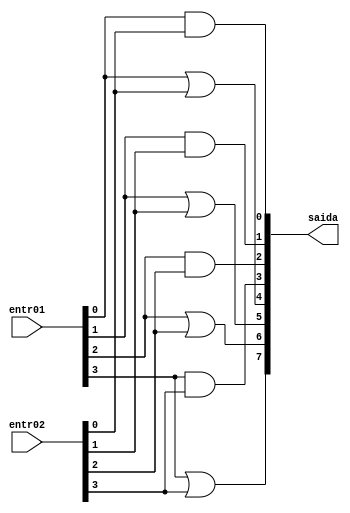
// ---------------------------------------
// Exemplo0031 - F4
// Nome: Joo Henrique Mendes de Oliveira
// ---------------------------------------
// -------------------------
// f4_gate
// -------------------------
 
module f4 (output [7:0]saida, input [3:0]entr01, input [3:0]entr02);
	//---AND
	and AND1(saida[0], entr01[0], entr02[0]);
	and AND2(saida[1], entr01[1], entr02[1]);
	and AND3(saida[2], entr01[2], entr02[2]);
	and AND4(saida[3], entr01[3], entr02[3]);
	//---OR
	or OR1(saida[7], entr01[3], entr02[3]);
	or OR2(saida[6], entr01[2], entr02[2]);
	or OR3(saida[5], entr01[1], entr02[1]);
	or OR4(saida[4], entr01[0], entr02[0]);
endmodule //--f4

// ------------------------- 
// -- test f4
// -------------------------
module test_f4;

	reg  [3:0] x;
	reg  [3:0] y;
	wire [7:0] z;
		
	f4 modulo (z, x, y);

	initial begin:main
		$display("Exemplo0031 - Joo Henrique - 392734");
		$display("Test LU's module \n");
		#1 x = 4'b0011;	y = 4'b0101;
		$monitor("AND: %4b & %4b = %4b \n OR: %3b | %3b = %4b \n", x, y, z[3:0], x, y, z[7:4]);
		#1 x = 4'b0000;	y = 4'b1111;
		#1 x = 4'b1010;	y = 4'b0101;
	 end //--main
endmodule //--test_f4